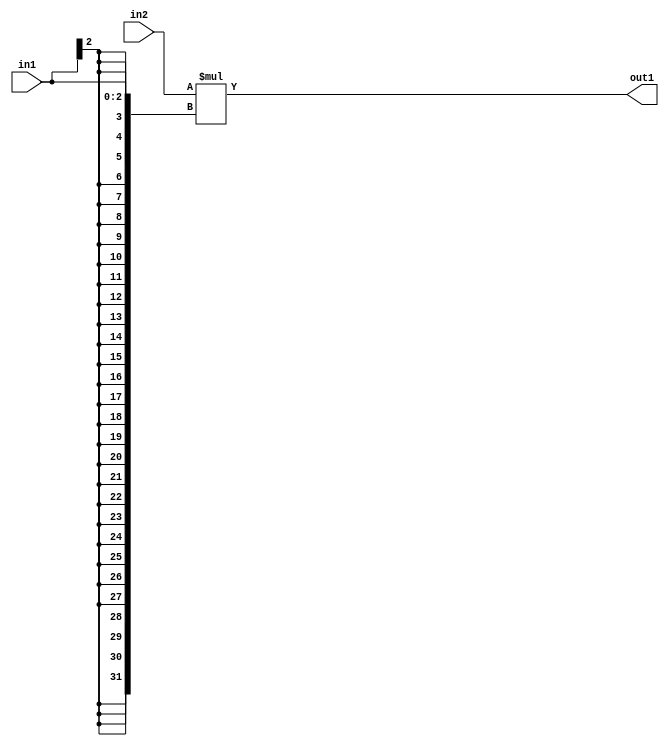
`timescale 1ps / 1ps
/*****************************************************************************
    Verilog RTL Description
    
    
    Created by: Stratus DpOpt 21.05.01 
*******************************************************************************/

module SobelFilter_Mul_32Sx3S_32S_4 (
	in2,
	in1,
	out1
	); /* architecture "behavioural" */ 
input [31:0] in2;
input [2:0] in1;
output [31:0] out1;
wire [31:0] asc001;

assign asc001 = 
	+(in2 * {{29{in1[2]}}, in1});

assign out1 = asc001;
endmodule

/* CADENCE  ubPyTgA= : u9/ySxbfrwZIxEzHVQQV8Q== ** DO NOT EDIT THIS LINE ******/